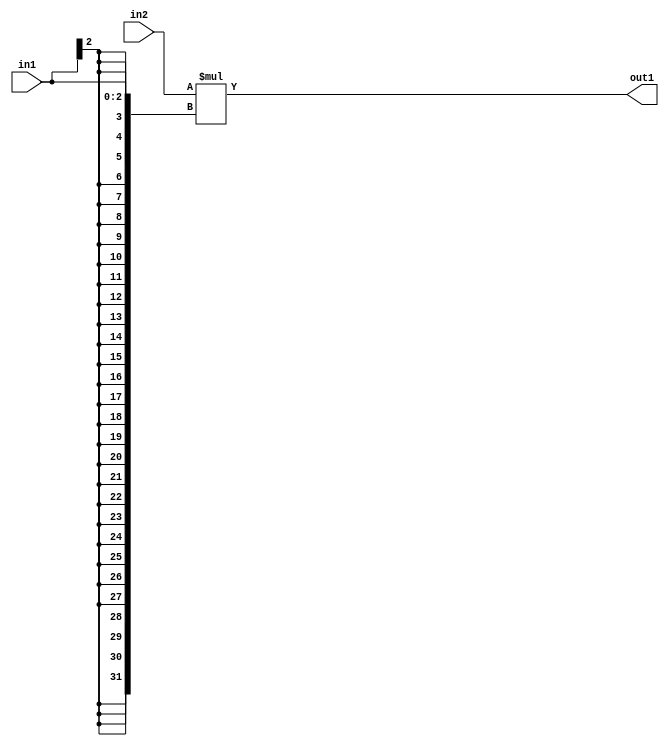
`timescale 1ps / 1ps
/*****************************************************************************
    Verilog RTL Description
    
    
    Created by: Stratus DpOpt 21.05.01 
*******************************************************************************/

module SobelFilter_Mul_32Sx3S_32S_4 (
	in2,
	in1,
	out1
	); /* architecture "behavioural" */ 
input [31:0] in2;
input [2:0] in1;
output [31:0] out1;
wire [31:0] asc001;

assign asc001 = 
	+(in2 * {{29{in1[2]}}, in1});

assign out1 = asc001;
endmodule

/* CADENCE  ubPyTgA= : u9/ySxbfrwZIxEzHVQQV8Q== ** DO NOT EDIT THIS LINE ******/